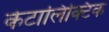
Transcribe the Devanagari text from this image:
केटालिक्टिक